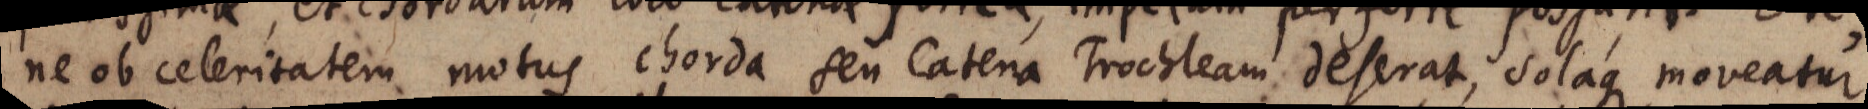
ne ob celeritatem motus chorda seu Catena Trochleam deserat, solaque moveatur,